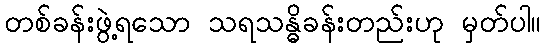
တစ်ခန်းဖွဲ့ရသော သရသန္ဓိခန်းတည်းဟု မှတ်ပါ။